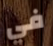
في